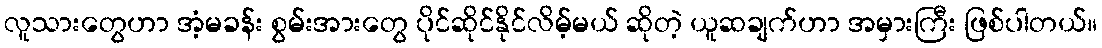
လူသားတွေဟာ အံ့မခန်း စွမ်းအားတွေ ပိုင်ဆိုင်နိုင်လိမ့်မယ် ဆိုတဲ့ ယူဆချက်ဟာ အမှားကြီး ဖြစ်ပါတယ်။